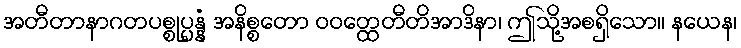
အတီတာနာဂတပစ္စုပ္ပန္နံ အနိစ္စတော ဝဝတ္ထေတီတိအာဒိနာ၊ ဤသို့အစရှိသော။ နယေန၊